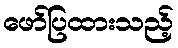
ဖော်ပြထားသည့်